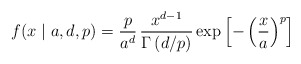
\begin{align*} f(x \mid a, d, p) = \frac{p}{a^d} \, \frac{x^{d-1}}{\Gamma \left(d/p\right)} \exp \left[- \left( \frac{x}{a} \right)^p \right]\end{align*}